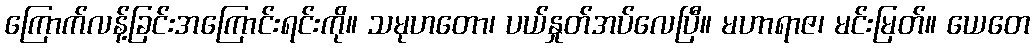
ကြောက်လန့်ခြင်းအကြောင်းရင်းကို။ သမုဟတော၊ ပယ်နှုတ်အပ်လေပြီ။ မဟာရာဇ၊ မင်းမြတ်။ ယေတေ